Assam Mental Hospital (Tezpur, India) - 1933-1948
Year: 1933
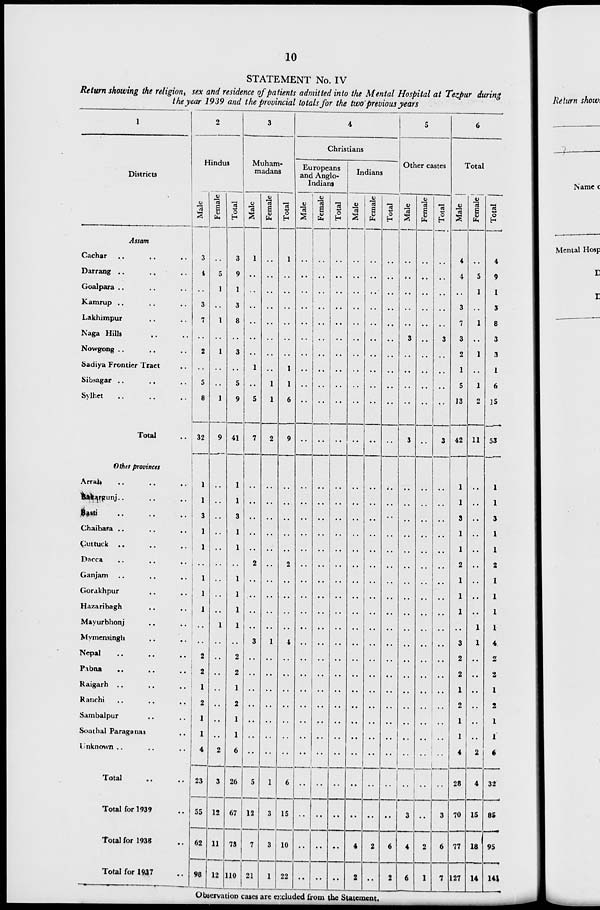
10
STATEMENT No. IV
Return showing the religion, sex and residence of patients admitted into the Mental Hospital at Tezpur during
the year 1939 and the provincial totals for the two previous years
1
Districts
Assam
Cachar .. .. ..
Darrang .. .. ..
Goalpara .. .. ..
Kamrup .. .. ..
Lakhimpur .. .. ..
Naga Hills .. .. ..
Nowgong .. .. ..
Sadiya Frontier Tract ..
Sibsagar .. .. ..
Sylhet .. .. .. ..
Total ..
Other provinces
Arrah
..
..
..
Basargunj
..
..
..
Basti .. .. ..
Chaibara
..
..
..
Cuttuck
..
..
..
Dacca
..
..
..
Ganjam
..
..
..
Gorakhpur
..
..
Hazaribagh
..
..
Mayurbhonj
..
..
Mymensingh
..
..
Nepal
..
..
..
Pabna
..
..
..
Raigarh
..
..
..
Ranchi
..
..
..
Sambalpur .. ..
Sonthal Paraganas ..
Unknown .. .. ..
Total .. ..
Total for 1939 ..
Total for 1938 ..
Total for 1937 ..
2
Hindus
Male
3
4
..
3
7
..
2
..
5
8
32
1
1
3
1
1
..
1
1
1
..
..
2
2
1
2
1
1
4
23
55
62
98
Female
..
5
1
..
1
..
1
..
..
1
9
..
..
..
..
..
..
..
..
1
..
..
..
..
..
..
..
2
3
12
11
12
Total
3
9
1
3
8
..
3
...
5
9
41
1
1
3
1
1
..
1
1
1
1
..
2
2
1
2
1
1
6
26
67
73
110
3
Muham-
madans
Male
1
..
..
..
..
..
..
1
..
5
7
..
..
..
..
..
2
..
..
..
..
3
..
..
..
..
..
..
..
5
12
7
21
Female
..
..
..
..
..
..
..
..
1
1
2
..
..
..
..
..
..
..
..
..
1
..
..
..
..
..
..
..
1
3
3
1
Total
1
..
..
..
..
..
..
1
1
6
9
..
..
..
..
..
2
..
..
..
..
4
..
..
..
..
..
..
..
6
15
10
22
4
Christians
Europeans
and Anglo-
Indians
Male
..
..
..
..
..
..
..
..
..
..
..
..
..
..
..
..
..
..
..
..
..
..
..
..
..
..
..
..
..
..
..
..
..
Female
..
..
..
..
..
..
..
..
..
..
..
..
..
..
..
..
..
..
..
..
..
....
..
..
..
..
..
..
..
..
..
..
..
Total
..
..
..
..
..
..
..
..
..
..
..
..
..
..
..
..
..
..
..
..
..
..
..
..
..
..
..
..
..
..
..
..
..
Indians
Male
..
..
..
..
..
..
..
..
..
..
..
..
..
..
..
..
..
..
..
..
..
..
..
..
..
..
..
..
..
..
..
4
2
Female
..
..
..
..
..
..
..
..
..
..
..
..
..
..
..
..
..
..
..
..
..
..
..
..
..
..
..
..
..
..
..
2
..
Total
..
..
..
..
..
..
..
..
..
..
..
..
..
..
..
..
..
..
..
..
..
..
..
..
..
..
..
..
..
..
..
6
2
5
Other castes
Male
..
..
..
..
..
3
..
..
..
..
3
..
..
..
..
..
..
..
..
..
..
..
..
..
..
..
..
..
..
..
3
4
6
Female
..
..
..
..
..
..
..
..
..
..
..
..
..
..
..
..
..
..
..
..
..
..
..
..
..
..
..
..
..
..
..
2
1
Total
..
..
..
..
..
3
..
..
..
..
3
..
..
..
..
..
..
..
..
..
..
..
..
..
..
..
..
..
..
..
3
6
7
6
Total
Male
4
4
..
3
7
3
2
1
5
13
42
1
1
1
1
1
2
1
1
1
..
3
2
2
1
2
1
1
4
28
70
77
127
Female
..
5
1
..
1
..
1
..
1
2
11
..
..
..
..
..
..
..
..
..
1
1
..
..
..
..
..
..
2
4
15
18
14
Total
4
9
1
3
8
3
3
1
6
15
53
1
1
3
1
1
2
1
1
1
1
4
2
2
1
2
1
1
6
32
85
95
141
Observation cases are excluded from the Statement.